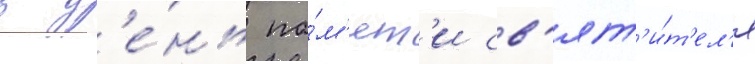
в д'е́нь па́м'ят'и св'ят'и́т'ел'я